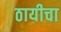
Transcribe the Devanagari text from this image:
ठायीचा